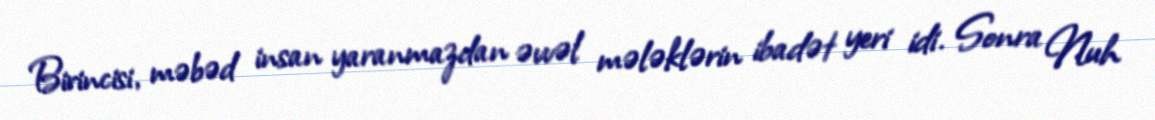
Birincisi, məbəd insan yaranmazdan əvvəl mələklərin ibadət yeri idi. Sonra Nuh